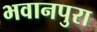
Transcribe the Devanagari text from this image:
भवानपुरा